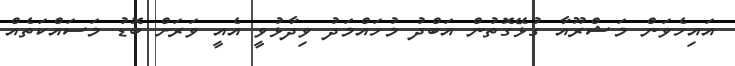
އައިހެވަން މަޝްރޫއާ ގުޅޭގޮތުން އަބްދު މުހައްމަދު ވިދާޅުވީ އެއީ ވަރަށް ބޮޑު މަސައްކަތެއް